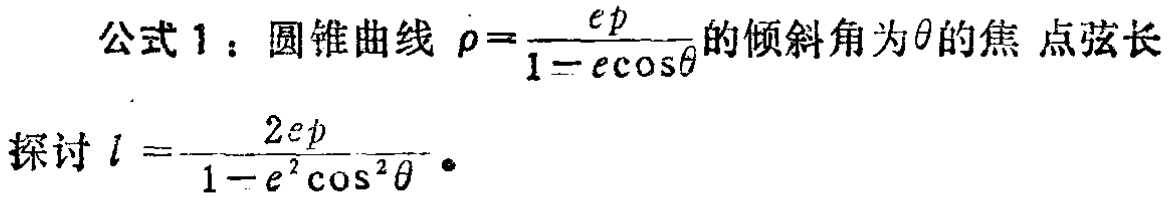
公式 1：圆锥曲线 $\rho=\frac{ep}{1 - e\cos\theta}$ 的倾斜角为 $\theta$ 的焦 点弦长
探讨 $l = \frac{2ep}{1 - e^{2}\cos^{2}\theta}$。